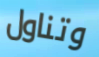
وتناول